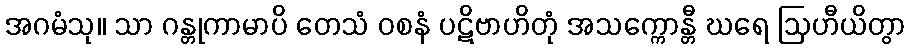
အဂမံသု။ သာ ဂန္တုကာမာပိ တေသံ ဝစနံ ပဋိဗာဟိတုံ အသက္ကောန္တီ ဃရေ ဩဟီယိတွာ